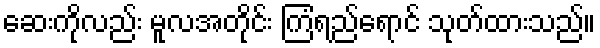
ဆေးကိုလည်း မူလအတိုင်း ကြံရည်ရောင် သုတ်ထားသည်။